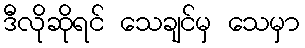
ဒီလိုဆိုရင် သေချင်မှ သေမှာ